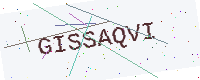
Text: GISSAQVI